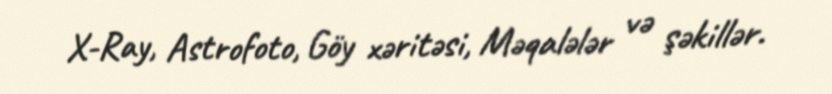
X-Ray, Astrofoto, Göy xəritəsi, Məqalələr və şəkillər.